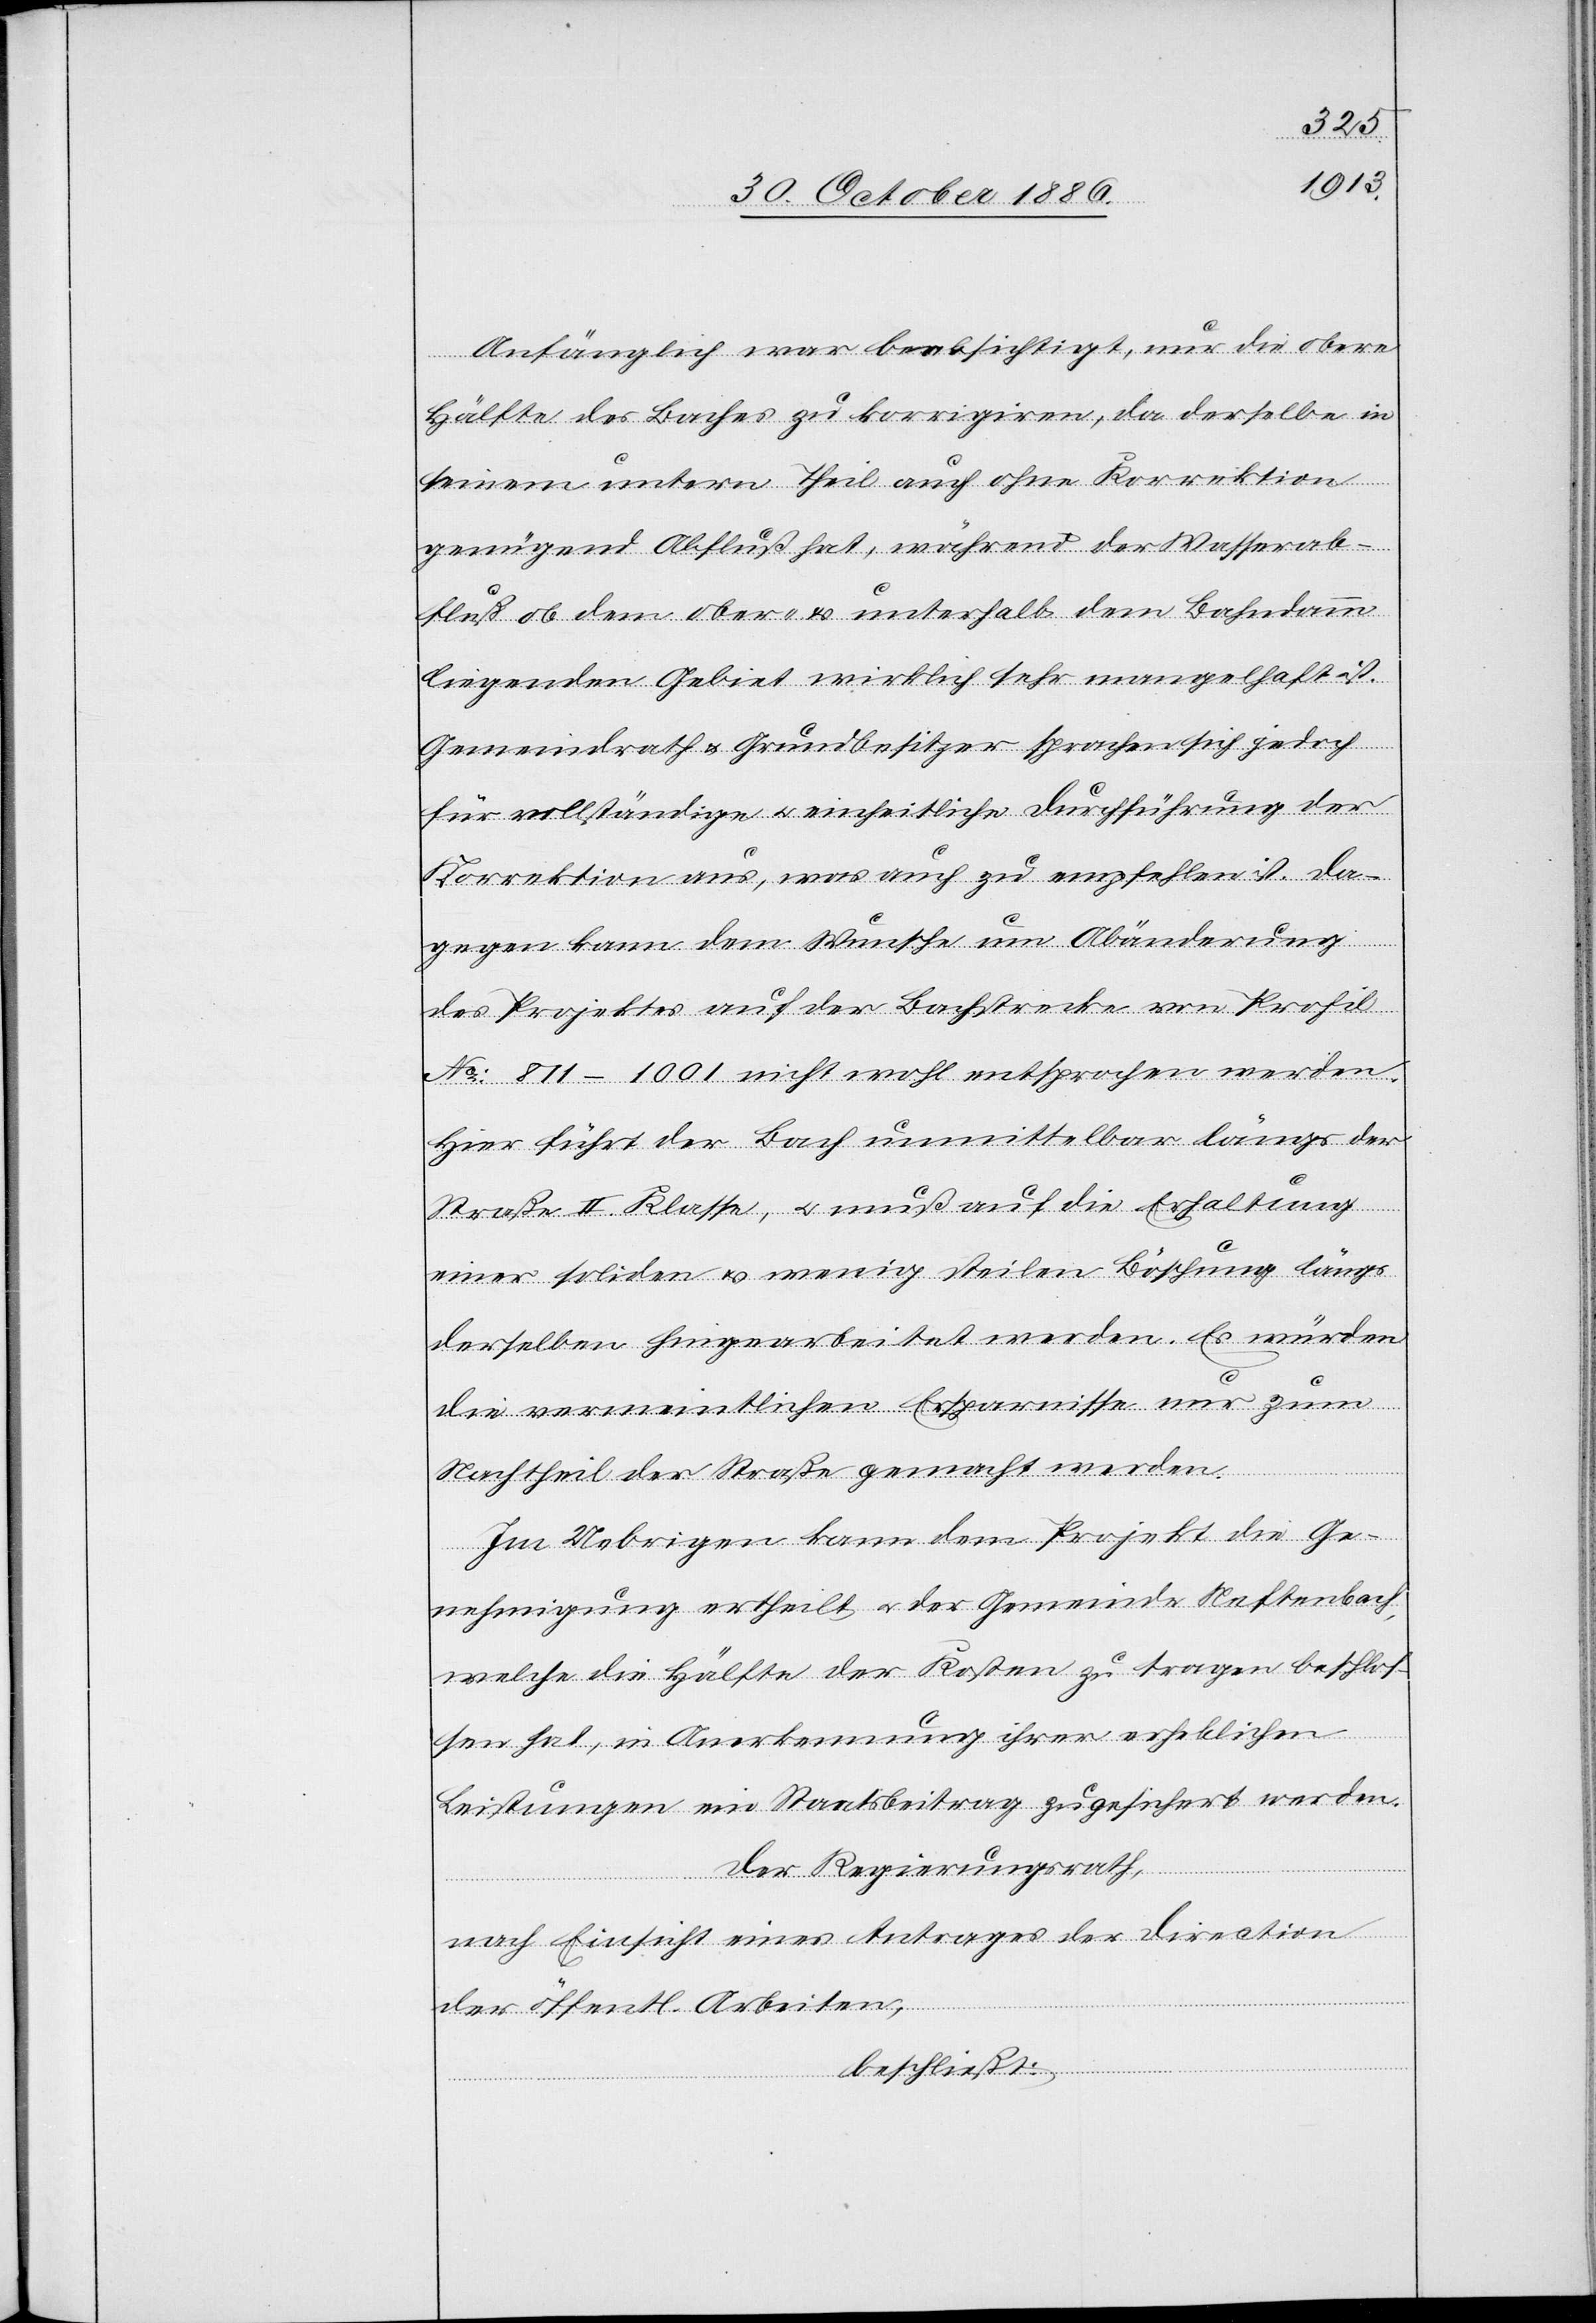
Anfänglich war beabsichtigt, nur die obere
Hälfte des Baches zu korrigiren, da derselbe in
seinem untern Theil auch ohne Korrektion
genügend Abschluß hat, während der Wasserab¬
fluß ob dem ober- & unterhalb dem Bahndamm
liegenden Gebiet wirklich sehr mangelhaft ist.
Gemeindrath & Grundbesitzer sprachen sich jedoch
für vollständige & einheitliche Durchführung der
Korrektion aus, was auch zu empfehlen ist. Da¬
gegen kann dem Wunsche um Abänderung
des Projektes auf der Bachstrecke von Profil
No: 811–1001 nicht wohl entsprochen werden.
Hier führt der Bach unmittelbar längs der
Straße II. Klasse, & muß auf die Erhaltung
einer soliden & wenig steilen Böschung längs
derselben hingearbeitet werden. Es würden
die vermeintlichen Ersparnisse nur zum
Nachtheil der Straße gemacht werden.
Im Uebrigen kann dem Projekt die Ge¬
nehmigung ertheilt & der Gemeinde Neftenbach,
welche die Hälfte der Kosten zu tragen beschlos¬
sen hat, in Anerkennung ihrer erheblichen
Leistungen ein Staatsbeitrag zugesichert werden.
Der Regierungsrath,
nach Einsicht eines Antrages der Direction
der öffentl. Arbeiten,
beschließt: